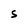
Character: S